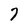
Character: 7